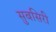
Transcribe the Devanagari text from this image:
सुबसिरी